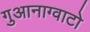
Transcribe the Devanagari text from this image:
गुआनाग्वाटो